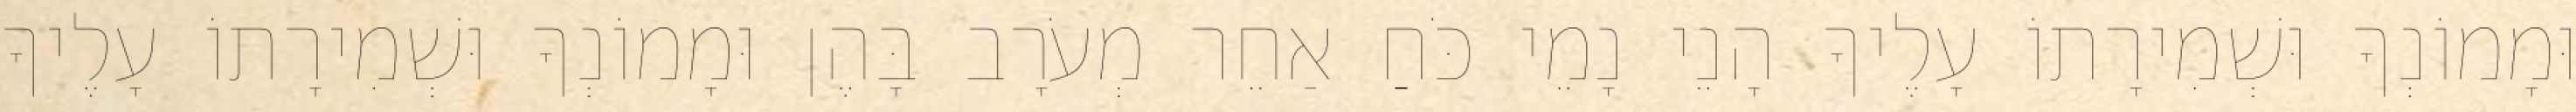
וּמָמוֹנְךָ וּשְׁמִירָתוֹ עָלֶיךָ הָנֵי נָמֵי כֹּחַ אַחֵר מְעֹרָב בָּהֶן וּמָמוֹנְךָ וּשְׁמִירָתוֹ עָלֶיךָ